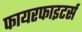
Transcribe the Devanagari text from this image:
फायरफाइटर्स